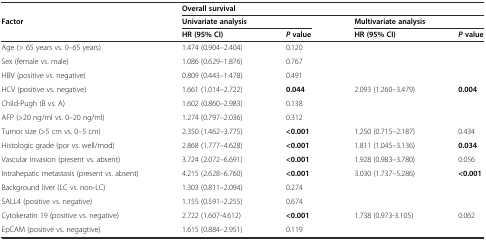
|  | <COLSPAN=4> Overall survival |
 | Factor | <COLSPAN=2> Univariate analysis | <COLSPAN=2> Multivariate analysis |
 |  | HR (95% CI) | Pvalue | HR (95% CI) | Pvalue |
 | --- | --- | --- | --- | --- |
 | Age (> 65 years vs. 0–65 years) | 1.474 (0.904–2.404) | 0.120 |  |  |
 | Sex (female vs. male) | 1.086 (0.629–1.876) | 0.767 |  |  |
 | HBV (positive vs. negative) | 0.809 (0.443–1.478) | 0.491 |  |  |
 | HCV (positive vs. negative) | 1.661 (1.014–2.722) | 0.044 | 2.093 (1.260–3.479) | 0.004 |
 | Child-Pugh (B vs. A) | 1.602 (0.860–2.983) | 0.138 |  |  |
 | AFP (>20 ng/ml vs. 0–20 ng/ml) | 1.274 (0.797–2.036) | 0.312 |  |  |
 | Tumor size (>5 cm vs. 0–5 cm) | 2.350 (1.462–3.775) | <0.001 | 1.250 (0.715–2.187) | 0.434 |
 | Histologic grade (por vs. well/mod) | 2.868 (1.777–4.628) | <0.001 | 1.811 (1.045–3.136) | 0.034 |
 | Vascular invasion (present vs. absent) | 3.724 (2.072–6.691) | <0.001 | 1.928 (0.983–3.780) | 0.056 |
 | Intrahepatic metastasis (present vs. absent) | 4.215 (2.628–6.760) | <0.001 | 3.030 (1.737–5.286) | <0.001 |
 | Background liver (LC vs. non-LC) | 1.303 (0.811–2.094) | 0.274 |  |  |
 | SALL4 (positive vs. negative) | 1.155 (0.591–2.255) | 0.674 |  |  |
 | Cytokeratin 19 (positive vs. negative) | 2.722 (1.607-4.612) | <0.001 | 1.738 (0.973-3.105) | 0.062 |
 | EpCAM (positive vs. negagtive) | 1.615 (0.884–2.951) | 0.119 |  |  |